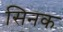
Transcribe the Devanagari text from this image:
सिनक